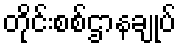
တိုင်းစစ်ဌာနချုပ်